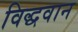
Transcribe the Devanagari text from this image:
विद्धवान